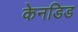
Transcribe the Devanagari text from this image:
केनडिड